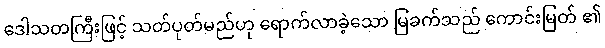
ဒေါသတကြီးဖြင့် သတ်ပုတ်မည်ဟု ရောက်လာခဲ့သော မြခက်သည် ကောင်းမြတ် ၏